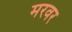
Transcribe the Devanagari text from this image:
मरवर